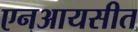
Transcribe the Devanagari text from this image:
एनआयसीत